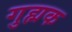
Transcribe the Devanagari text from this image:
गुह्मक